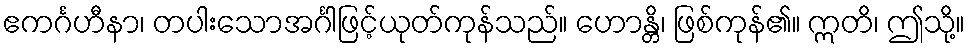
ဧကင်္ဂဟီနာ၊ တပါးသောအင်္ဂါဖြင့်ယုတ်ကုန်သည်။ ဟောန္တိ၊ ဖြစ်ကုန်၏။ ဣတိ၊ ဤသို့။